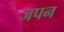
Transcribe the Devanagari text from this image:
जपन